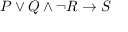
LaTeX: P \vee Q \wedge { \neg R } \rightarrow S